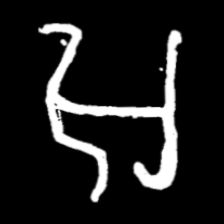
Pyu character \u2014 Myanmar letter: အ (romanized: a)